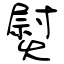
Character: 熨